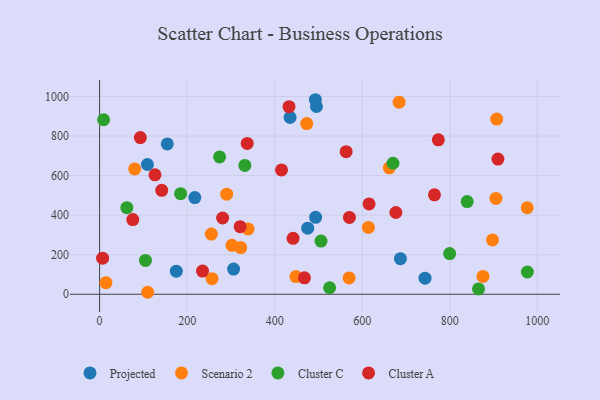
{"axis": {"x": "Study Hours", "y": "Demand"}, "legend": ["Cluster A", "Cluster C", "Projected", "Scenario 2"], "data": [{"x": "175.3", "y": 116.5, "type": "Projected"}, {"x": "495.4", "y": 949.4, "type": "Projected"}, {"x": "154.6", "y": 760.2, "type": "Projected"}, {"x": "109.2", "y": 656.0, "type": "Projected"}, {"x": "435.1", "y": 893.9, "type": "Projected"}, {"x": "492.9", "y": 983.6, "type": "Projected"}, {"x": "687.2", "y": 180.1, "type": "Projected"}, {"x": "493.5", "y": 389.0, "type": "Projected"}, {"x": "475.4", "y": 333.9, "type": "Projected"}, {"x": "743.4", "y": 81.1, "type": "Projected"}, {"x": "306.1", "y": 127.3, "type": "Projected"}, {"x": "217.5", "y": 488.9, "type": "Projected"}, {"x": "875.8", "y": 89.9, "type": "Scenario 2"}, {"x": "290.3", "y": 506.2, "type": "Scenario 2"}, {"x": "905.4", "y": 484.5, "type": "Scenario 2"}, {"x": "897.5", "y": 274.5, "type": "Scenario 2"}, {"x": "907.1", "y": 885.8, "type": "Scenario 2"}, {"x": "322.4", "y": 235.9, "type": "Scenario 2"}, {"x": "570.0", "y": 82.5, "type": "Scenario 2"}, {"x": "80.1", "y": 633.5, "type": "Scenario 2"}, {"x": "302.5", "y": 247.5, "type": "Scenario 2"}, {"x": "339.2", "y": 330.2, "type": "Scenario 2"}, {"x": "256.8", "y": 79.0, "type": "Scenario 2"}, {"x": "255.3", "y": 304.4, "type": "Scenario 2"}, {"x": "473.1", "y": 862.8, "type": "Scenario 2"}, {"x": "614.0", "y": 337.9, "type": "Scenario 2"}, {"x": "684.2", "y": 971.2, "type": "Scenario 2"}, {"x": "976.9", "y": 437.5, "type": "Scenario 2"}, {"x": "448.5", "y": 89.3, "type": "Scenario 2"}, {"x": "661.8", "y": 639.5, "type": "Scenario 2"}, {"x": "109.8", "y": 10.0, "type": "Scenario 2"}, {"x": "14.5", "y": 58.5, "type": "Scenario 2"}, {"x": "670.2", "y": 662.5, "type": "Cluster C"}, {"x": "525.5", "y": 32.9, "type": "Cluster C"}, {"x": "274.1", "y": 694.2, "type": "Cluster C"}, {"x": "9.1", "y": 882.4, "type": "Cluster C"}, {"x": "62.2", "y": 438.0, "type": "Cluster C"}, {"x": "331.8", "y": 651.6, "type": "Cluster C"}, {"x": "185.0", "y": 508.8, "type": "Cluster C"}, {"x": "839.7", "y": 468.7, "type": "Cluster C"}, {"x": "505.7", "y": 268.9, "type": "Cluster C"}, {"x": "865.6", "y": 27.1, "type": "Cluster C"}, {"x": "104.8", "y": 170.9, "type": "Cluster C"}, {"x": "799.7", "y": 205.8, "type": "Cluster C"}, {"x": "977.2", "y": 112.4, "type": "Cluster C"}, {"x": "563.2", "y": 721.0, "type": "Cluster A"}, {"x": "93.1", "y": 792.3, "type": "Cluster A"}, {"x": "570.7", "y": 388.5, "type": "Cluster A"}, {"x": "909.9", "y": 683.5, "type": "Cluster A"}, {"x": "415.6", "y": 628.6, "type": "Cluster A"}, {"x": "467.9", "y": 82.9, "type": "Cluster A"}, {"x": "141.9", "y": 525.6, "type": "Cluster A"}, {"x": "337.2", "y": 762.8, "type": "Cluster A"}, {"x": "765.0", "y": 502.8, "type": "Cluster A"}, {"x": "676.8", "y": 413.3, "type": "Cluster A"}, {"x": "321.1", "y": 341.7, "type": "Cluster A"}, {"x": "773.8", "y": 780.8, "type": "Cluster A"}, {"x": "75.8", "y": 377.6, "type": "Cluster A"}, {"x": "432.7", "y": 948.7, "type": "Cluster A"}, {"x": "615.5", "y": 456.6, "type": "Cluster A"}, {"x": "6.9", "y": 182.3, "type": "Cluster A"}, {"x": "235.1", "y": 117.4, "type": "Cluster A"}, {"x": "281.0", "y": 385.5, "type": "Cluster A"}, {"x": "441.9", "y": 282.9, "type": "Cluster A"}, {"x": "126.5", "y": 603.8, "type": "Cluster A"}]}